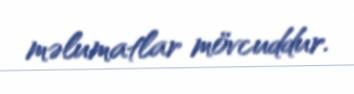
məlumatlar mövcuddur.